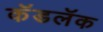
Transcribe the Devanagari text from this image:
कॅडलॅक